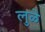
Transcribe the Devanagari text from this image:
लुळे